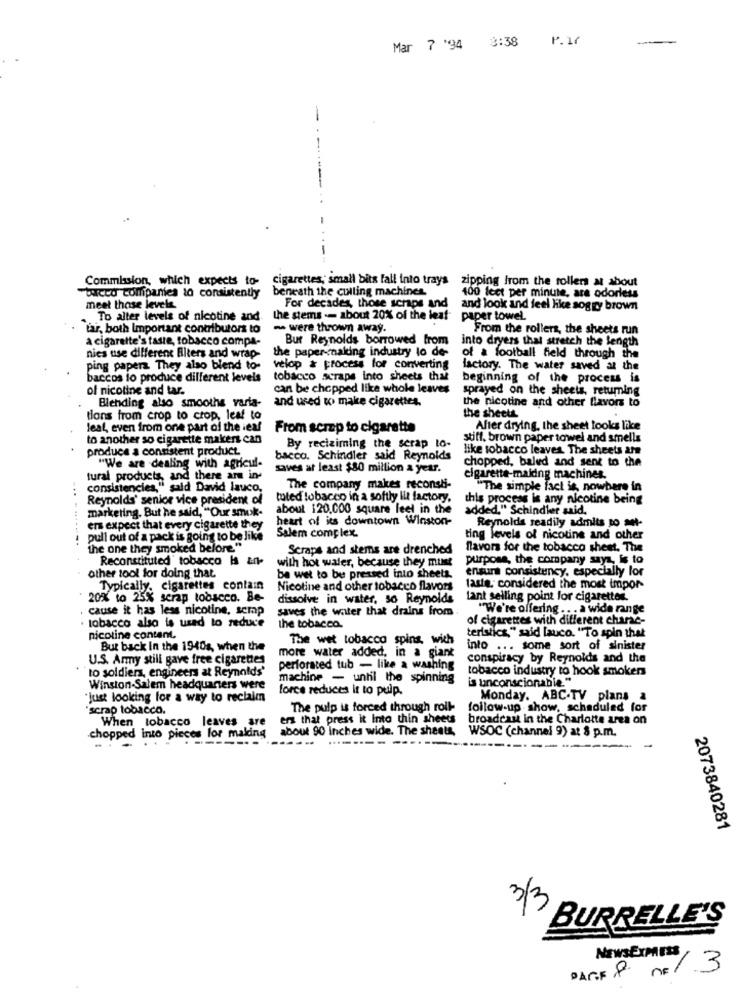
P.17
-
Mar 7 '94 3:38
-
Commission, which expects to-
cigarettes; small bits fall into trays zipping from the rollers at about
beneath the culling machines
"tocco companies to consistently
100 fect per minute, ara odorless
meet those levels
For decades, those scraps and
and look and feel like sogry brown
To alter levels of nicotine and
the stems -- about 20% of the leaf
paper towel.
tar, both Important contributors to
- were thrown away.
From the rollers, the sheets run
a cigarette's taste, tobacco compa-
Bur Reynolds borrowed from
into dryers that stretch the length
the paper-cnaking industry lo de-
nies use different Blters and wrap-
of a football field through the
ping papers They also blend to-
velop & process for converting
factory. The water saved at the
baccos to produce different levels
tobacco scrape into sheets that
beginning of the process is
of nicotine and tar.
can be chopped like whole leaves
sprayed on the sheets, returning
Blending also smooths varia-
and used to make cigarettes.
the nicotine and other flavors to
tions from crop to crop, leaf to
the sheets
leal, even from one part of the iesf
From scrap to cigarette
After drying, the sheet looks like
to another so cigarette makers can
stift. brown paper towel and smells
produce a consistent product
By reciziming the serap to-
like tobacco leaves The sheets are
bacco. Schindler said Reynolds
chopped, baled and sent to the
"We are dealing with agricul-
saves at least $80 million a year.
tural products, and there are in
cigarette-maiding machines.
consistencies," said David lauco,
The company makes reconsti-
"The simple fact is, nowhere in
Reynolds' senior vice president of
toteď tobacco in a softly lit factory.
this process is any nicotine being
marketing. But he said, "Our smok-
about 120,000 square feet in the
added." Schindler said.
heart of its downtown Winston-
......---
ers expect that every cigarette they
Reynolds readily admits no set-
pull out of a pack is going to be like
Salem complex.
ting levels of nicotine and other
the one they smoked belore"
Scrape and stems are drenched
flavors for the tobacco sheet. The
Reconstituted" tobacco Is an-
with hot water, because they must
purpose, the company says, is to
ensurt consistency, especially lor
other tool for doing that
be wet to be pressed into sheets.
Typically, cigarettes contain
Nicotine and other tobacco flavors
faste, considered the most impor-
20% to 25% scrap tobacco. Be-
dissolve in water, so Reynolds
lant selling point for cigaretter.
. cause it has less nicotine, scmap
saves the water that drains from
"We're offering . . . a wide range
tobacco also is used to reduce
of cigarettes with different charac-
the tobacco.
teristics," said lauco. "To spin that
nicotine content,
The wet tobacco spins, with
But back in the 1940s, when the
into ... some sort of sinister
U.S. Army still gave free cigarettes
more water added, in a giant
conspiracy by Reynolds and the
to soldiers, engineers at Reynolds'
perforated tub - like a washing
tobacco industry to hook smokers
machine - unhl the spinning
is unconscionabie."
Winston-Salem headquarters were
force reduces it to pulp.
"just looking for a way to reclaim
Monday. ABC-TV plans a
"scrap tobacco.
The pulp is forced through roll-
follow-up show, scheduled for
When tobacco leaves are
ers that press it Into thin sheets
broadcast in the Charlotte area on
about 90 inches wide. The sheets,
chopped into pieces for making
------
------ ------
WSOC (channel 9) at 8 p.m.
2073840281
3/3
BURRELLE'S
NEWSEXPRESS
PAGE 8 nº1 3